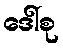
ဒေါ်စု